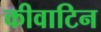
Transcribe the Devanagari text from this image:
कीवाटिन